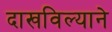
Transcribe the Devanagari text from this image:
दाखविल्याने